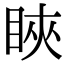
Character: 䀹